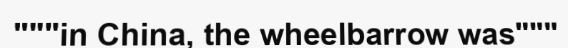
"""in China, the wheelbarrow was"""